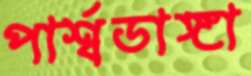
পার্শ্বডাঙ্গা